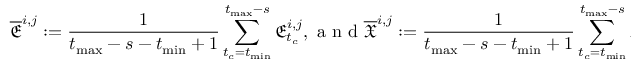
\overline { { \mathfrak { E } } } ^ { i , j } : = \frac { 1 } { t _ { \operatorname* { m a x } } - s - t _ { \operatorname* { m i n } } + 1 } \sum _ { t _ { c } = t _ { \operatorname* { m i n } } } ^ { t _ { \operatorname* { m a x } } - s } \mathfrak { E } _ { t _ { c } } ^ { i , j } , \mathrm { ~ a ~ n ~ d ~ } \overline { { \mathfrak { X } } } ^ { i , j } : = \frac { 1 } { t _ { \operatorname* { m a x } } - s - t _ { \operatorname* { m i n } } + 1 } \sum _ { t _ { c } = t _ { \operatorname* { m i n } } } ^ { t _ { \operatorname* { m a x } } - s } \mathfrak { X } _ { t _ { c } } ^ { i , j } .